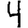
Digit: 4